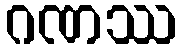
ဂဏဿ